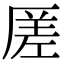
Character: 𠪉